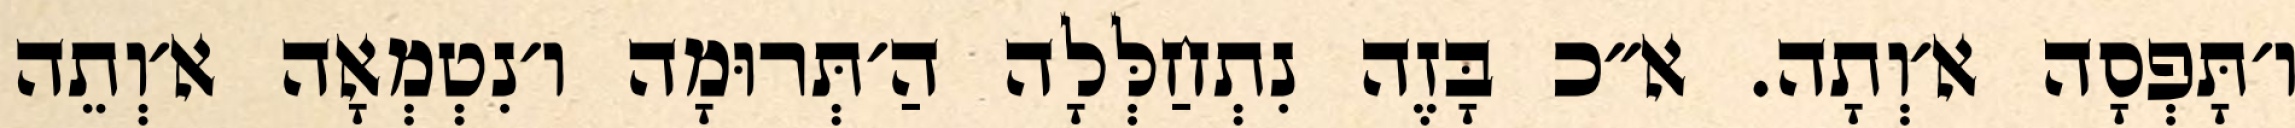
ו׳תָּפְסָה א׳וְתָה. א״כ בָּזֶה נִתְחַלְּלָה הַ׳תְּרוּמָה ו׳נִטְמְאָה א׳וְתֵה